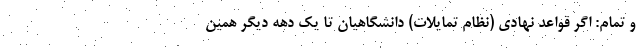
و تمام: اگر قواعد نهادی (نظام تمایلات) دانشگاهیان تا یک دهه دیگر همین